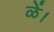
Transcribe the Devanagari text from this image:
ळें।